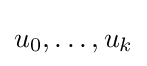
u_{0},\dots ,u_{k}